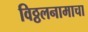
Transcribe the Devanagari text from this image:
विठ्ठलनामाचा